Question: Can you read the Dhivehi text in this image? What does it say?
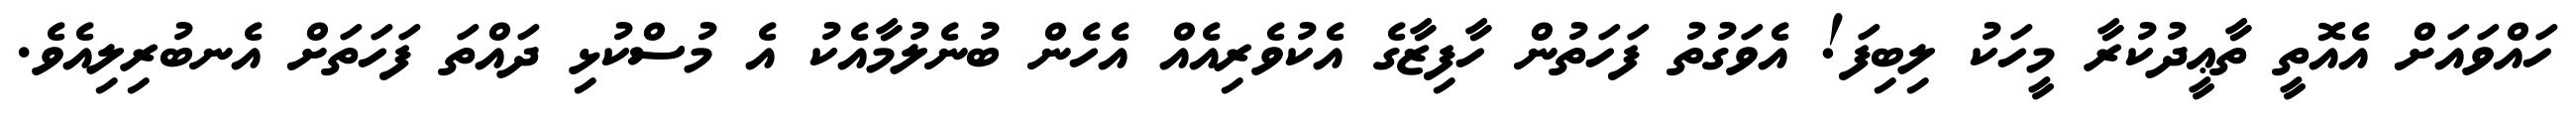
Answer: ހައްވައަށް އެއޮތީ ތާޢީދުކުރާ މީހަކު ލިބިފަ! އެވަގުތު ފަހަތުން ހާފިޒާގެ އެކުވެރިއެއް އެހެން ބުނެލުމާއެކު އެ މުސްކުޅި ދައްތަ ފަހަތަށް އެނބުރިލިއެވެ.